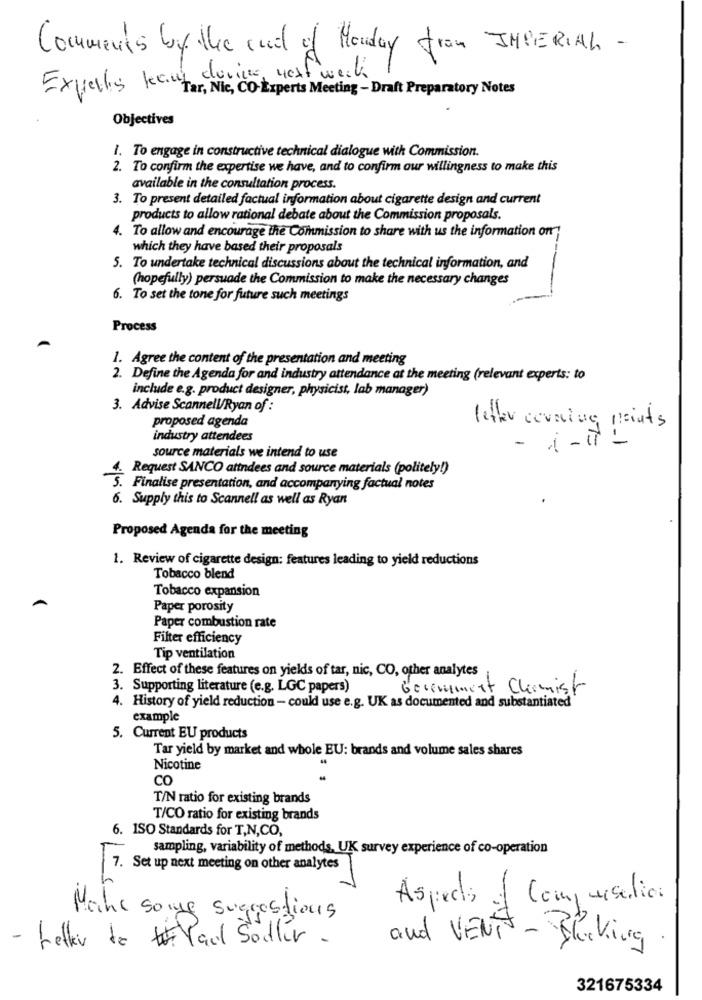
Comments by the end of Monday from IMPERIAL -
Experts kauf during next week
"Tar, Nic, CO-Experts Meeting - Draft Preparatory Notes
Objectives
1. To engage in constructive technical dialogue with Commission.
2. To confirm the expertise we have, and to confirm our willingness to make this
available in the consultation process.
3. To present detailed factual information about cigarette design and current
products to allow rational debate about the Commission proposals.
4. To allow and encourage the Commission to share with us the information on;
which they have based their proposals
5. To undertake technical discussions about the technical information, and
(hopefully) persuade the Commission to make the necessary changes
6. To set the tone for future such meetings
Process
1. Agree the content of the presentation and meeting
2. Define the Agenda for and industry attendance at the meeting (relevant experts: to
include e.g. product designer, physicist, lab manager)
3. Advise Scannell/Ryan of :
proposed agenda
letter corrine points
industry attendees
- i-II -
source materials we intend to use
4. Request SANCO attndees and source materials (politely!)
S. Finalise presentation, and accompanying factual notes
6. Supply this to Scannell as well as Ryan
Proposed Agenda for the meeting
1. Review of cigarette design: features leading to yield reductions
Tobacco blend
Tobacco expansion
Paper porosity
Paper combustion rate
Filter efficiency
Tip ventilation
2. Effect of these features on yields of tar, nic, CO, other analytes
3. Supporting literature (e.g. LGC papers)
Geremmert Chemist
4. History of yield reduction - could use e.g. UK as documented and substantiated
example
5. Current EU products
Tar yield by market and whole EU: brands and volume sales shares
Nicotine
CO
T/N ratio for existing brands
T/CO ratio for existing brands
6. ISO Standards for T,N,CO,
sampling, variability of methods, UK survey experience of co-operation
7. Set up next meeting on other analytes
Aspects of Compualia
Make some suggestions
- Letter de Val Sodler.
and VENT - Shocking.
321675334